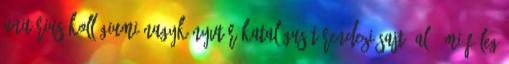
unitárius kollégiumi nagykönyvtár katalógusát rendezi sajtó alá, mi föleg